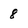
Character: 8